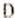
D